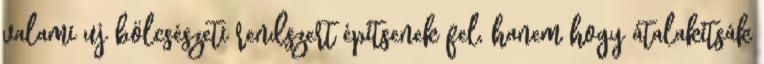
valami uj bölcsészeti rendszert építsenek fel, hanem hogy átalakítsák